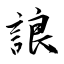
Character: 誏